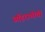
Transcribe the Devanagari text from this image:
अहिराणीची